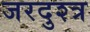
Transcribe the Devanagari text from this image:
जरदुश्त्र